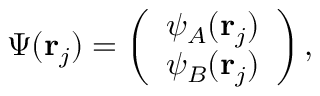
\begin{array} { r } { \Psi ( \mathbf { r } _ { j } ) = \left( \begin{array} { c } { \psi _ { A } ( \mathbf { r } _ { j } ) } \\ { \psi _ { B } ( \mathbf { r } _ { j } ) } \end{array} \right) , } \end{array}